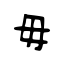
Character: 毋